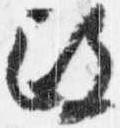
政